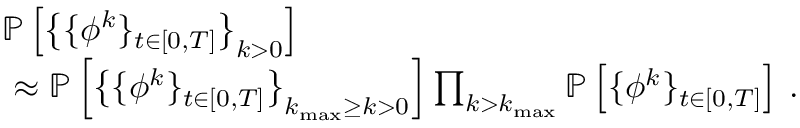
\begin{array} { r l } & { \mathbb { P } \left[ \big \{ \{ { \phi } ^ { k } \} _ { t \in [ 0 , T ] } \big \} _ { k > 0 } \right] } \\ & { ~ \approx \mathbb { P } \left[ \big \{ \{ { \phi } ^ { k } \} _ { t \in [ 0 , T ] } \big \} _ { k _ { \mathrm { m a x } } \geq k > 0 } \right] \prod _ { k > k _ { \mathrm { m a x } } } \mathbb { P } \left[ \{ { \phi } ^ { k } \} _ { t \in [ 0 , T ] } \right] \, . } \end{array}